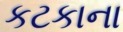
કટકાના